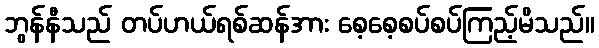
ဘွန်နီသည် တပ်ဟယ်ရစ်ဆန်အား စေ့စေ့စပ်စပ်ကြည့်မိသည်။